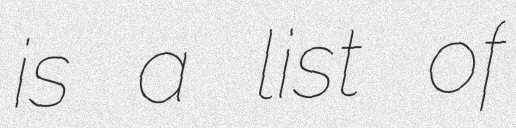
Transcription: is a list of